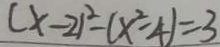
( x - 2 ) ^ { 2 } - ( x ^ { 2 } - 4 ) = 3